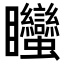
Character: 䂅